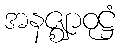
အနဇ္ဈာဝုဋ္ဌံ